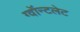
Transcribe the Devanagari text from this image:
ग्वॉन्टलेट